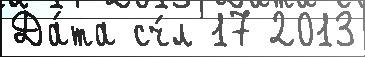
Да́та сч́л 17 2013